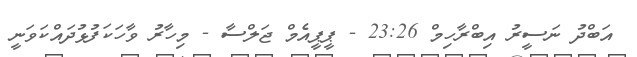
އަބްދު ނަސީރު އިބްރާހިމް 23:26 - ޕީޕީއެމް ޖަލްސާ - މިހާރު ވާހަކަފުޅުދައްކަވަނީ